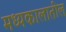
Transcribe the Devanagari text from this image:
मध्यकालातील